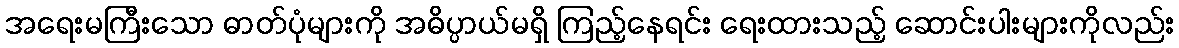
အရေးမကြီးသော ဓာတ်ပုံများကို အဓိပ္ပာယ်မရှိ ကြည့်နေရင်း ရေးထားသည့် ဆောင်းပါးများကိုလည်း